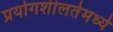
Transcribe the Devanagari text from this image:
प्रयोगशीलतेमध्ये